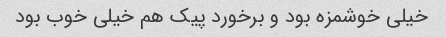
خیلی خوشمزه بود و برخورد پیک هم خیلی خوب بود